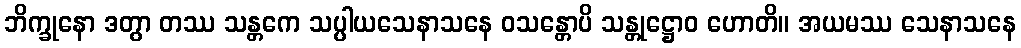
ဘိက္ခုနော ဒတွာ တဿ သန္တကေ သပ္ပါယသေနာသနေ ဝသန္တောပိ သန္တုဋ္ဌောဝ ဟောတိ။ အယမဿ သေနာသနေ